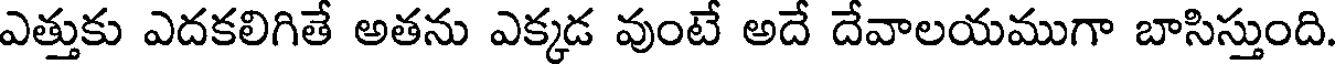
ఎత్తుకు ఎదకలిగితే అతను ఎక్కడ వుంటే అదే దేవాలయముగా బాసిస్తుంది